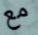
مع